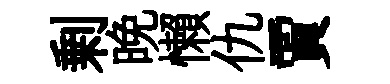
剰晩懶仇賈